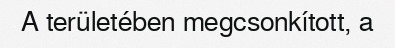
A területében megcsonkított, a